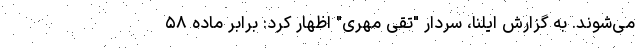
می‌شوند. به گزارش ایلنا، سردار "تقی مهری" اظهار کرد: برابر ماده ۵۸